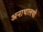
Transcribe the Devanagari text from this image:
अनाथालयो